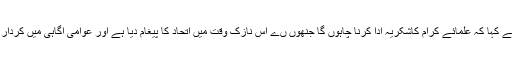
انہوں نے کہا کہ علمائے کرام کاشکریہ ادا کرنا چاہوں گا جنھوں ںے اس نازک وقت میں اتحاد کا پیغام دیا ہے اور عوامی آگاہی میں کردار ادا کیا۔